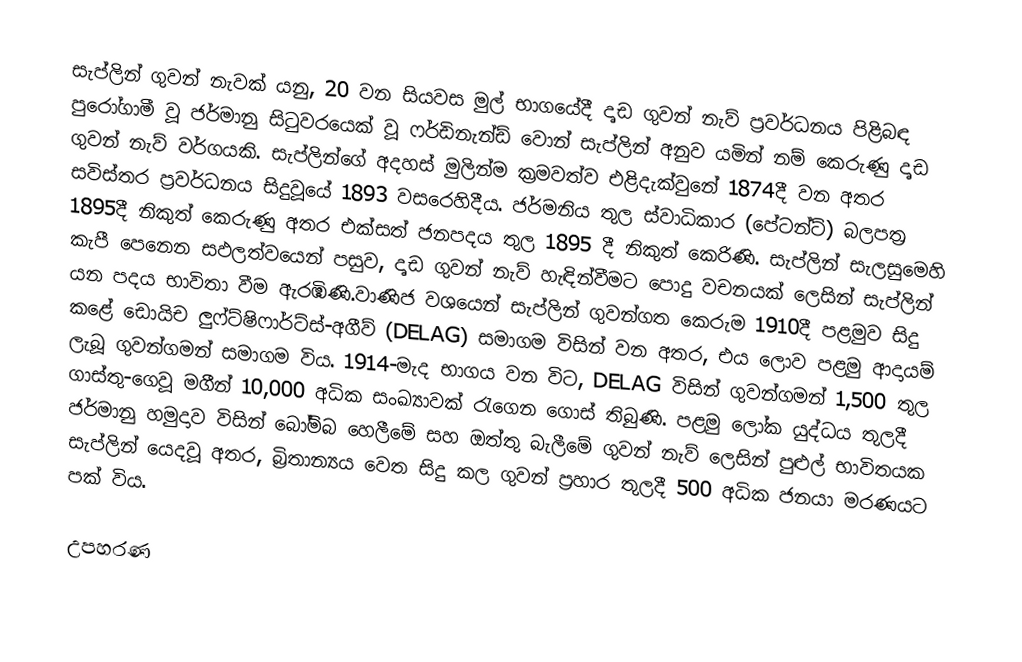
සැප්ලින් ගුවන් නැවක් යනු, 20 වන සියවස මුල් භාගයේදී දෘඩ ගුවන් නැව් ප්‍රවර්ධනය පිළිබඳ පුරෝගාමී වූ   ජර්මානු සිටුවරයෙක් වූ ෆර්ඩිනැන්ඩ් වොන් සැප්ලින් අනුව යමින් නම් කෙරුණු දෘඩ ගුවන් නැව් වර්ගයකි.  සැප්ලින්ගේ අදහස් මුලින්ම ක්‍රමවත්ව එළිදැක්වුනේ 1874දී වන අතර සවිස්තර ප්‍රවර්ධනය සිදුවූයේ  1893 වසරෙහිදීය.  ජර්මනිය තුල ස්වාධිකාර (පේටන්ට්) බලපත්‍ර 1895දී නිකුත් කෙරුණු අතර එක්සත් ජනපදය තුල 1895 දී නිකුත් කෙරිණි. සැප්ලින් සැලසුමෙහි කැපී පෙනෙන සඵලත්වයෙන් පසුව, දෘඩ ගුවන් නැව් හැඳින්වීමට පොදු වචනයක් ලෙසින් සැප්ලින්  යන පදය භාවිතා වීම ඇරඹිණි.වාණිජ වශයෙන් සැප්ලින් ගුවන්ගත කෙරුම 1910දී පළමුව සිදු කළේ  ඩොයිච ලුෆ්ට්ෂිෆාර්ට්ස්-අගීව් (DELAG) සමාගම විසින් වන අතර, එය ලොව පළමු ආදායම් ලැබූ ගුවන්ගමන් සමාගම විය. 1914-මැද භාගය වන විට, DELAG විසින් ගුවන්ගමන්  1,500  තුල ගාස්තු-ගෙවූ මගීන් 10,000 අධික සංඛ්‍යාවක් රැගෙන ගොස් තිබුණි. පළමු ලෝක යුද්ධය තුලදී ජර්මානු හමුදාව විසින් බෝම්බ හෙලීමේ සහ ඔත්තු බැලීමේ ගුවන් නැව් ලෙසින් පුළුල් භාවිතයක සැප්ලින් යෙදවූ අතර, බ්‍රිතාන්‍යය වෙත සිදු කල ගුවන් ප්‍රහාර තුලදී   500 අධික ජනයා මරණයට පක් විය.

උපහරණ